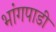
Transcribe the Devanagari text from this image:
भांगपाडी